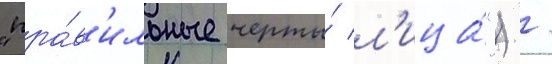
"пра́в'ильные черты́ л'ица́") /